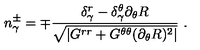
n _ { \gamma } ^ { \pm } = \mp \frac { \delta _ { \gamma } ^ { r } - \delta _ { \gamma } ^ { \theta } \partial _ { \theta } R } { \sqrt { | G ^ { r r } + G ^ { \theta \theta } ( \partial _ { \theta } R ) ^ { 2 } | } } \ .